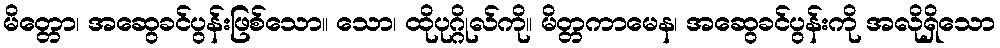
မိတ္တော၊ အဆွေခင်ပွန်းဖြစ်သော။ သော၊ ထိုပုဂ္ဂိုလ်ကို။ မိတ္တကာမေန၊ အဆွေခင်ပွန်းကို အလိုရှိသော